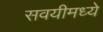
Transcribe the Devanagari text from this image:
सवयीमध्ये